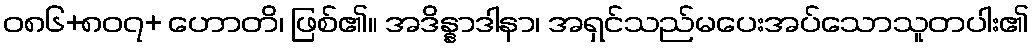
ဝ၈၆+၈၀၇+ ဟောတိ၊ ဖြစ်၏။ အဒိန္နာဒါနာ၊ အရှင်သည်မပေးအပ်သောသူတပါး၏